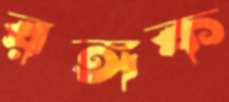
রঙ্গক